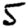
Digit: 5